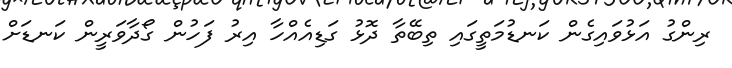
ރިންގު އަޅުވައިގެން ކަނޑުމަތީގައި ތިބޭތާ ދޮޅު ގަޑިއެއްހާ އިރު ފަހުން ގޯދާވަރީން ކަނޑަށް